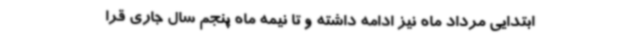
ابتدایی مرداد ماه نیز ادامه داشته و تا نیمه ماه پنجم سال جاری قرا